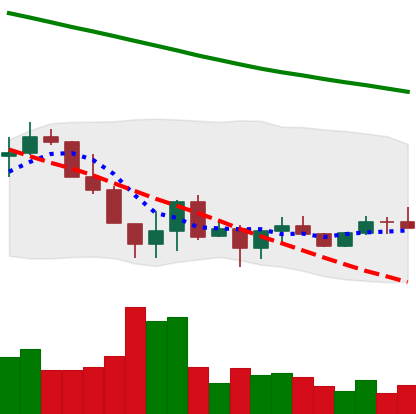
Ticker: ADA-USD
Chart end date: 2022-06-26
Forward return: -8.488%
Label: down_7plus